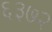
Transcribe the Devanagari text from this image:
६३७२